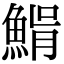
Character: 𩸠